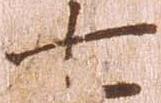
七